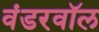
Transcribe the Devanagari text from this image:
वंडरवॉल